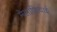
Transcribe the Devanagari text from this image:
मेलाशियाई